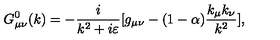
G _ { \mu \nu } ^ { 0 } ( k ) = - { \frac { i } { k ^ { 2 } + i \varepsilon } } [ g _ { \mu \nu } - ( 1 - \alpha ) { \frac { k _ { \mu } k _ { \nu } } { k ^ { 2 } } } ] ,